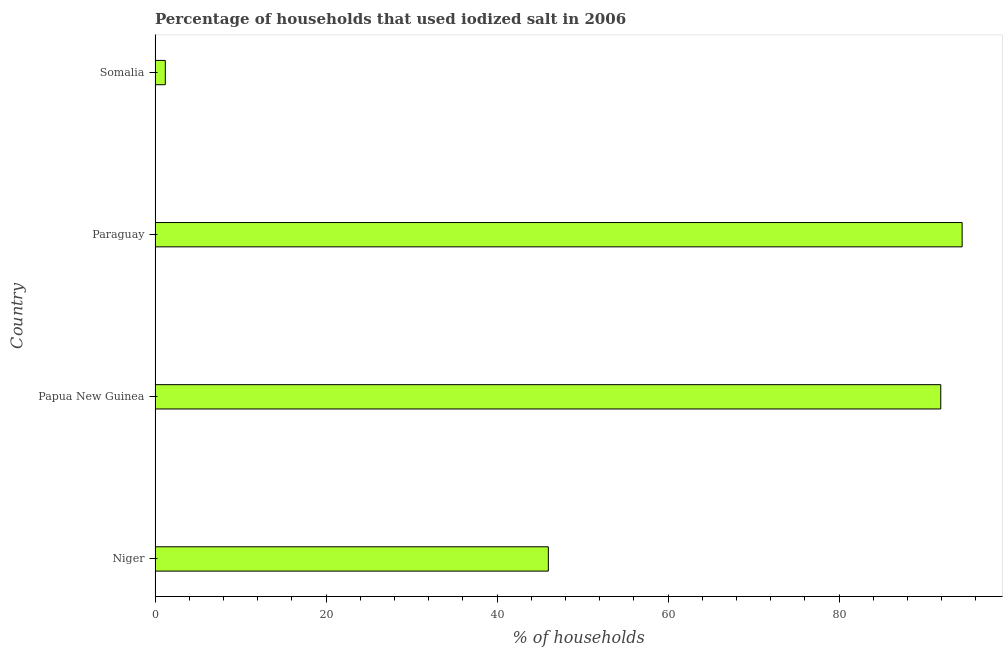
| Country | Consumption of iodized salt |
 | --- | --- |
 | Niger | 46 |
 | Papua New Guinea | 91.9 |
 | Paraguay | 94.4 |
 | Somalia | 1.2 |